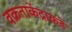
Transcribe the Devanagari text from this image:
वक्रताकेंद्राकडे